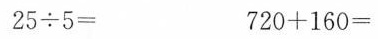
25÷5= 720+160=